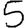
Digit: 5